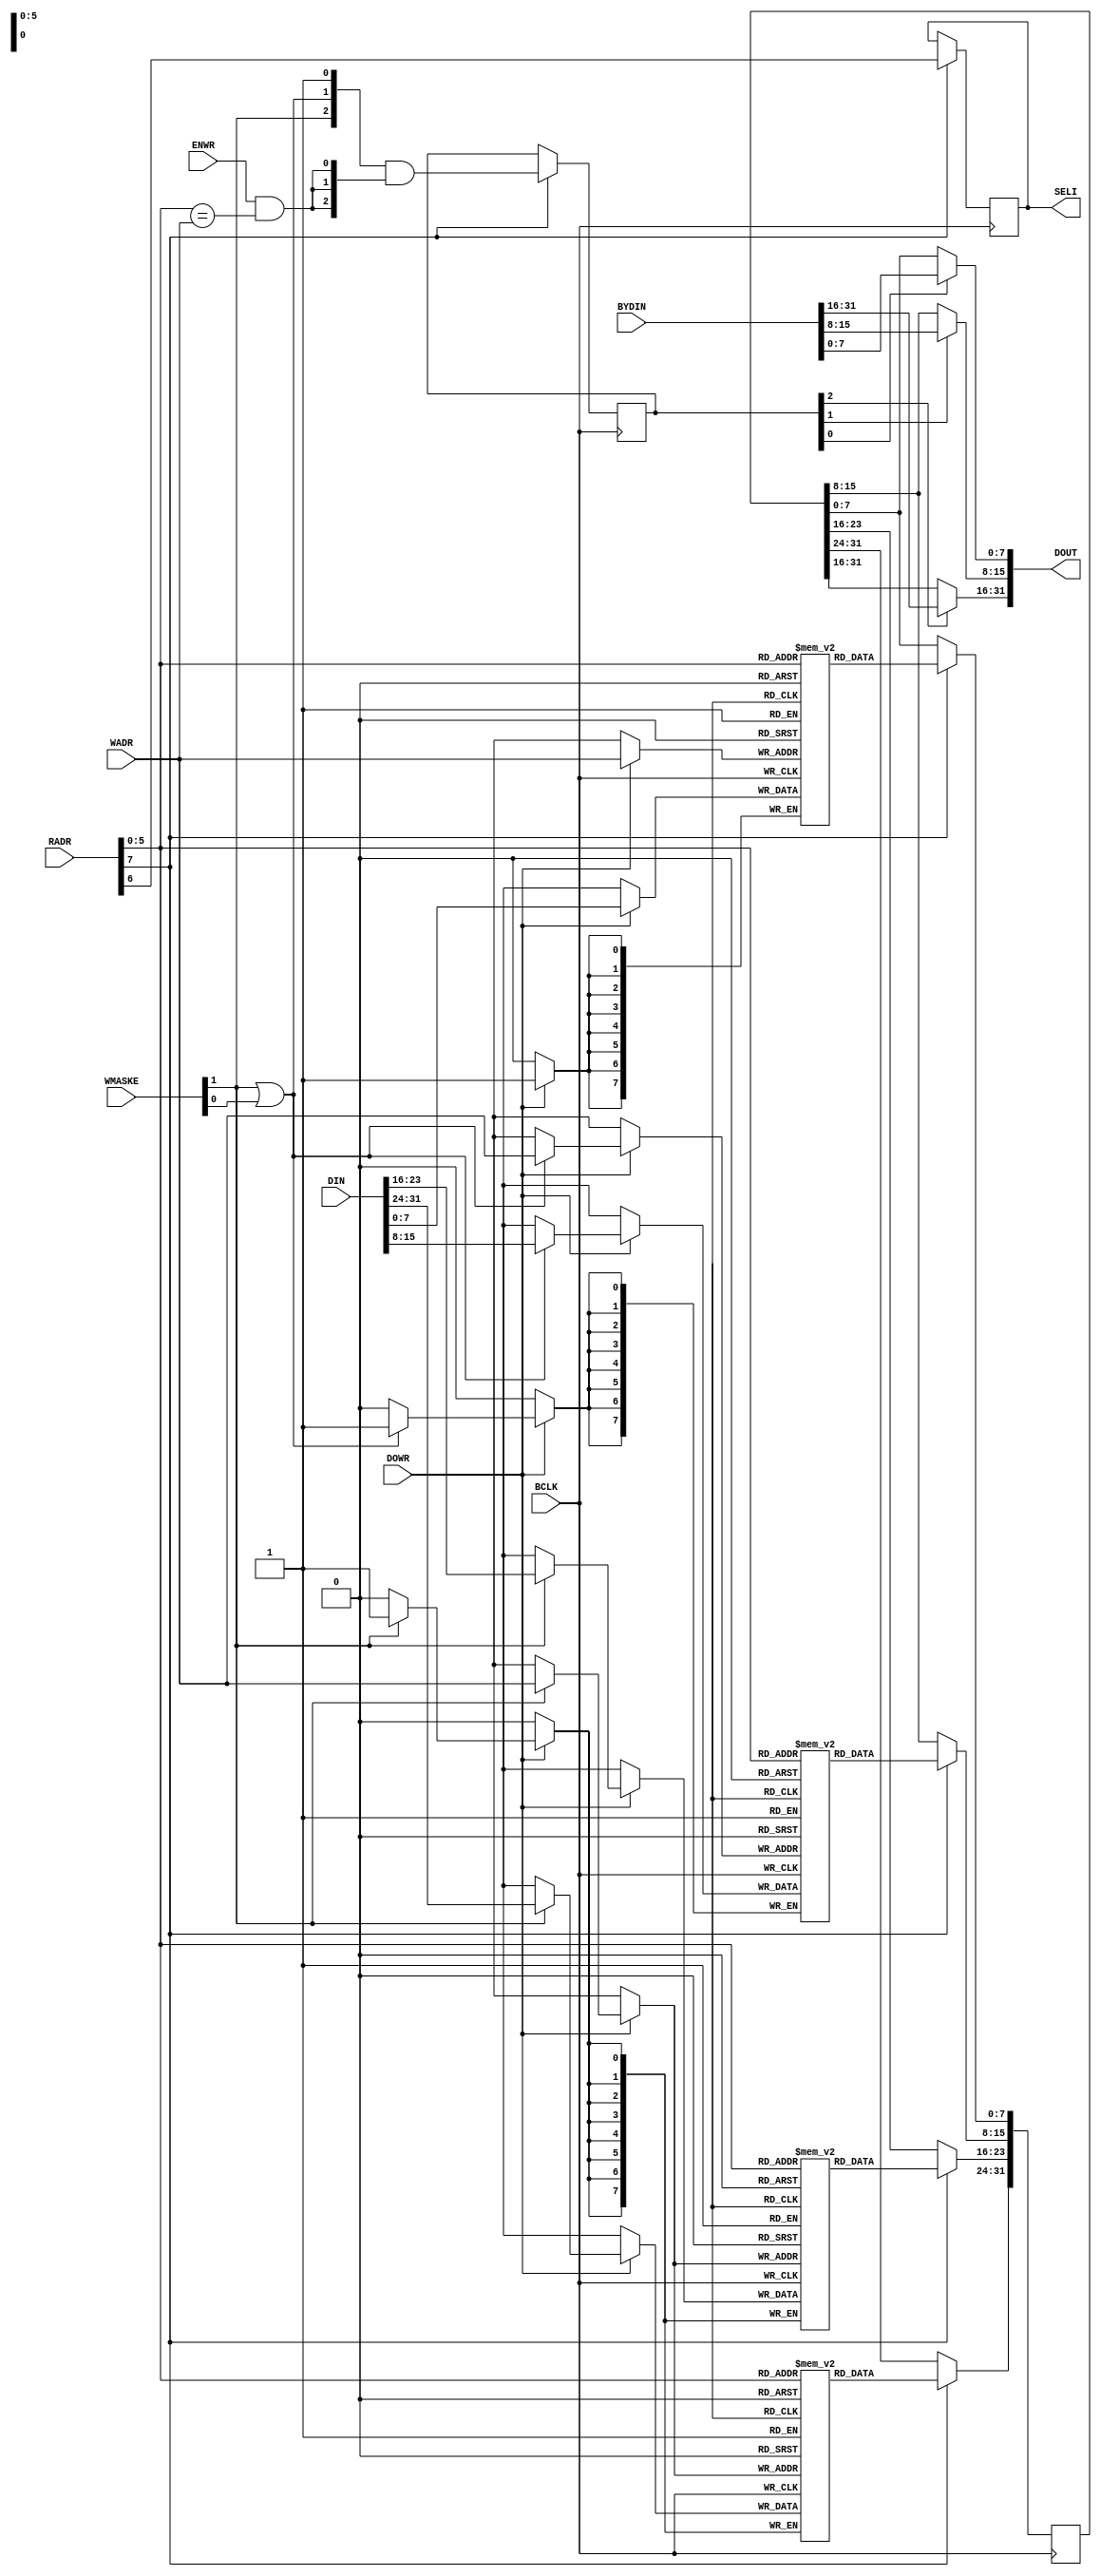
module REGISTER( BCLK, ENWR, DOWR, BYDIN, DIN, RADR, WADR, WMASKE, DOUT, SELI );
input			BCLK;
input			DOWR,ENWR;
input	[31:0]	BYDIN,DIN;
input	 [7:0]	RADR;
input	 [5:0]	WADR;
input	 [1:0]	WMASKE;
output	[31:0]	DOUT;
output reg 		SELI;
reg	 	 [2:0] 	MX;
wire	 [3:0]	BE;
wire			eq_rw;
reg	 	 [7:0]	REGFILE_D [0:63];
reg	 	 [7:0]	REGFILE_C [0:63];
reg	 	 [7:0]	REGFILE_B [0:63];
reg	 	 [7:0]	REGFILE_A [0:63];
reg		[31:0]	RF;
assign	BE = {WMASKE[1],WMASKE[1],(WMASKE[1] | WMASKE[0]),1'b1};
assign	eq_rw = ENWR & (RADR[5:0] == WADR);
always @(posedge BCLK) if (RADR[7]) MX[2:0] <= BE[2:0] & {{3{eq_rw}}};
always @(posedge BCLK) if (RADR[7]) SELI <= RADR[6];
assign DOUT[31:16] = MX[2] ? BYDIN[31:16] : RF[31:16];
assign DOUT[15:8]  = MX[1] ? BYDIN[15:8]  : RF[15:8];
assign DOUT[7:0]   = MX[0] ? BYDIN[7:0]   : RF[7:0];
always @(posedge BCLK)
	if (RADR[7])
		begin
			RF[31:24] <= REGFILE_D[RADR[5:0]];
			RF[23:16] <= REGFILE_C[RADR[5:0]];
			RF[15:8]  <= REGFILE_B[RADR[5:0]];
			RF[7:0]   <= REGFILE_A[RADR[5:0]];
		end
always @(posedge BCLK)
	if (DOWR)
		begin
			if (BE[3]) REGFILE_D[WADR] <= DIN[31:24];
			if (BE[2]) REGFILE_C[WADR] <= DIN[23:16];
			if (BE[1]) REGFILE_B[WADR] <= DIN[15:8];
			if (BE[0]) REGFILE_A[WADR] <= DIN[7:0];
		end
endmodule